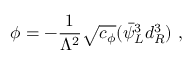
\phi = - \frac { 1 } { \Lambda ^ { 2 } } \sqrt { c _ { \phi } } ( \bar { \psi } _ { L } ^ { 3 } d _ { R } ^ { 3 } ) \ ,